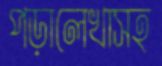
পড়ালেখাসহ